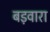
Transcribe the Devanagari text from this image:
बड़वारा